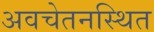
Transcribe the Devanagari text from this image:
अवचेतनस्थित